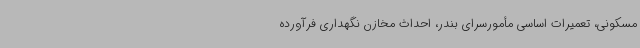
مسکونی، تعمیرات اساسی مأمورسرای بندر، احداث مخازن نگهداری فرآورده